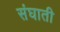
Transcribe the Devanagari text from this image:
संघाती